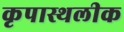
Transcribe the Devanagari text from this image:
कृपास्थलीक